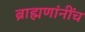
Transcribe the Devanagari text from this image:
ब्राह्मणांनींच